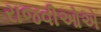
રાજવીઓએ